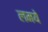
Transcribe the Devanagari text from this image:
लमये